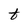
Character: t